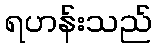
ရဟန်းသည်